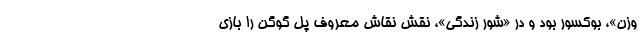
وزن»، بوکسور بود و در «شور زندگی»، نقش نقاش معروف پل گوگن را بازی